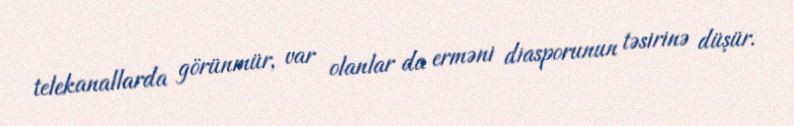
telekanallarda görünmür, var olanlar da erməni diasporunun təsirinə düşür.